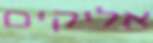
אליקים